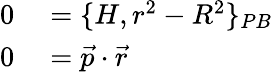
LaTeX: \begin{array}{rl}{0}&{{}=\{ H,r^{2}-R^{2}\} _{PB}}\\ {0}&{{}={\vec{p}}\cdot{\vec{r}}}\end{array}